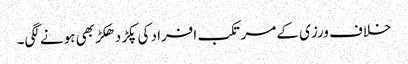
خلاف ورزی کے مرتکب افراد کی پکڑ دھکڑ بھی ہونے لگی۔